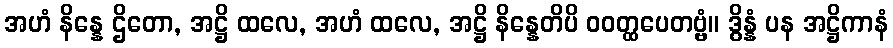
အဟံ နိန္နေ ဌိတော, အဋ္ဌိ ထလေ, အဟံ ထလေ, အဋ္ဌိ နိန္နေတိပိ ဝဝတ္ထပေတဗ္ဗံ။ ဒွိန္နံ ပန အဋ္ဌိကာနံ